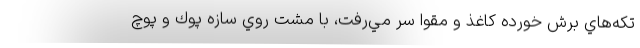
تكه‌هاي برش خورده كاغذ و مقوا سر مي‌رفت، با مشت روي سازه پوك و پوچ